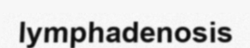
lymphadenosis